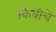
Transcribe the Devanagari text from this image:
किवीचे